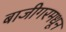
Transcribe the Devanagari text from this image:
बाजीगरमधून